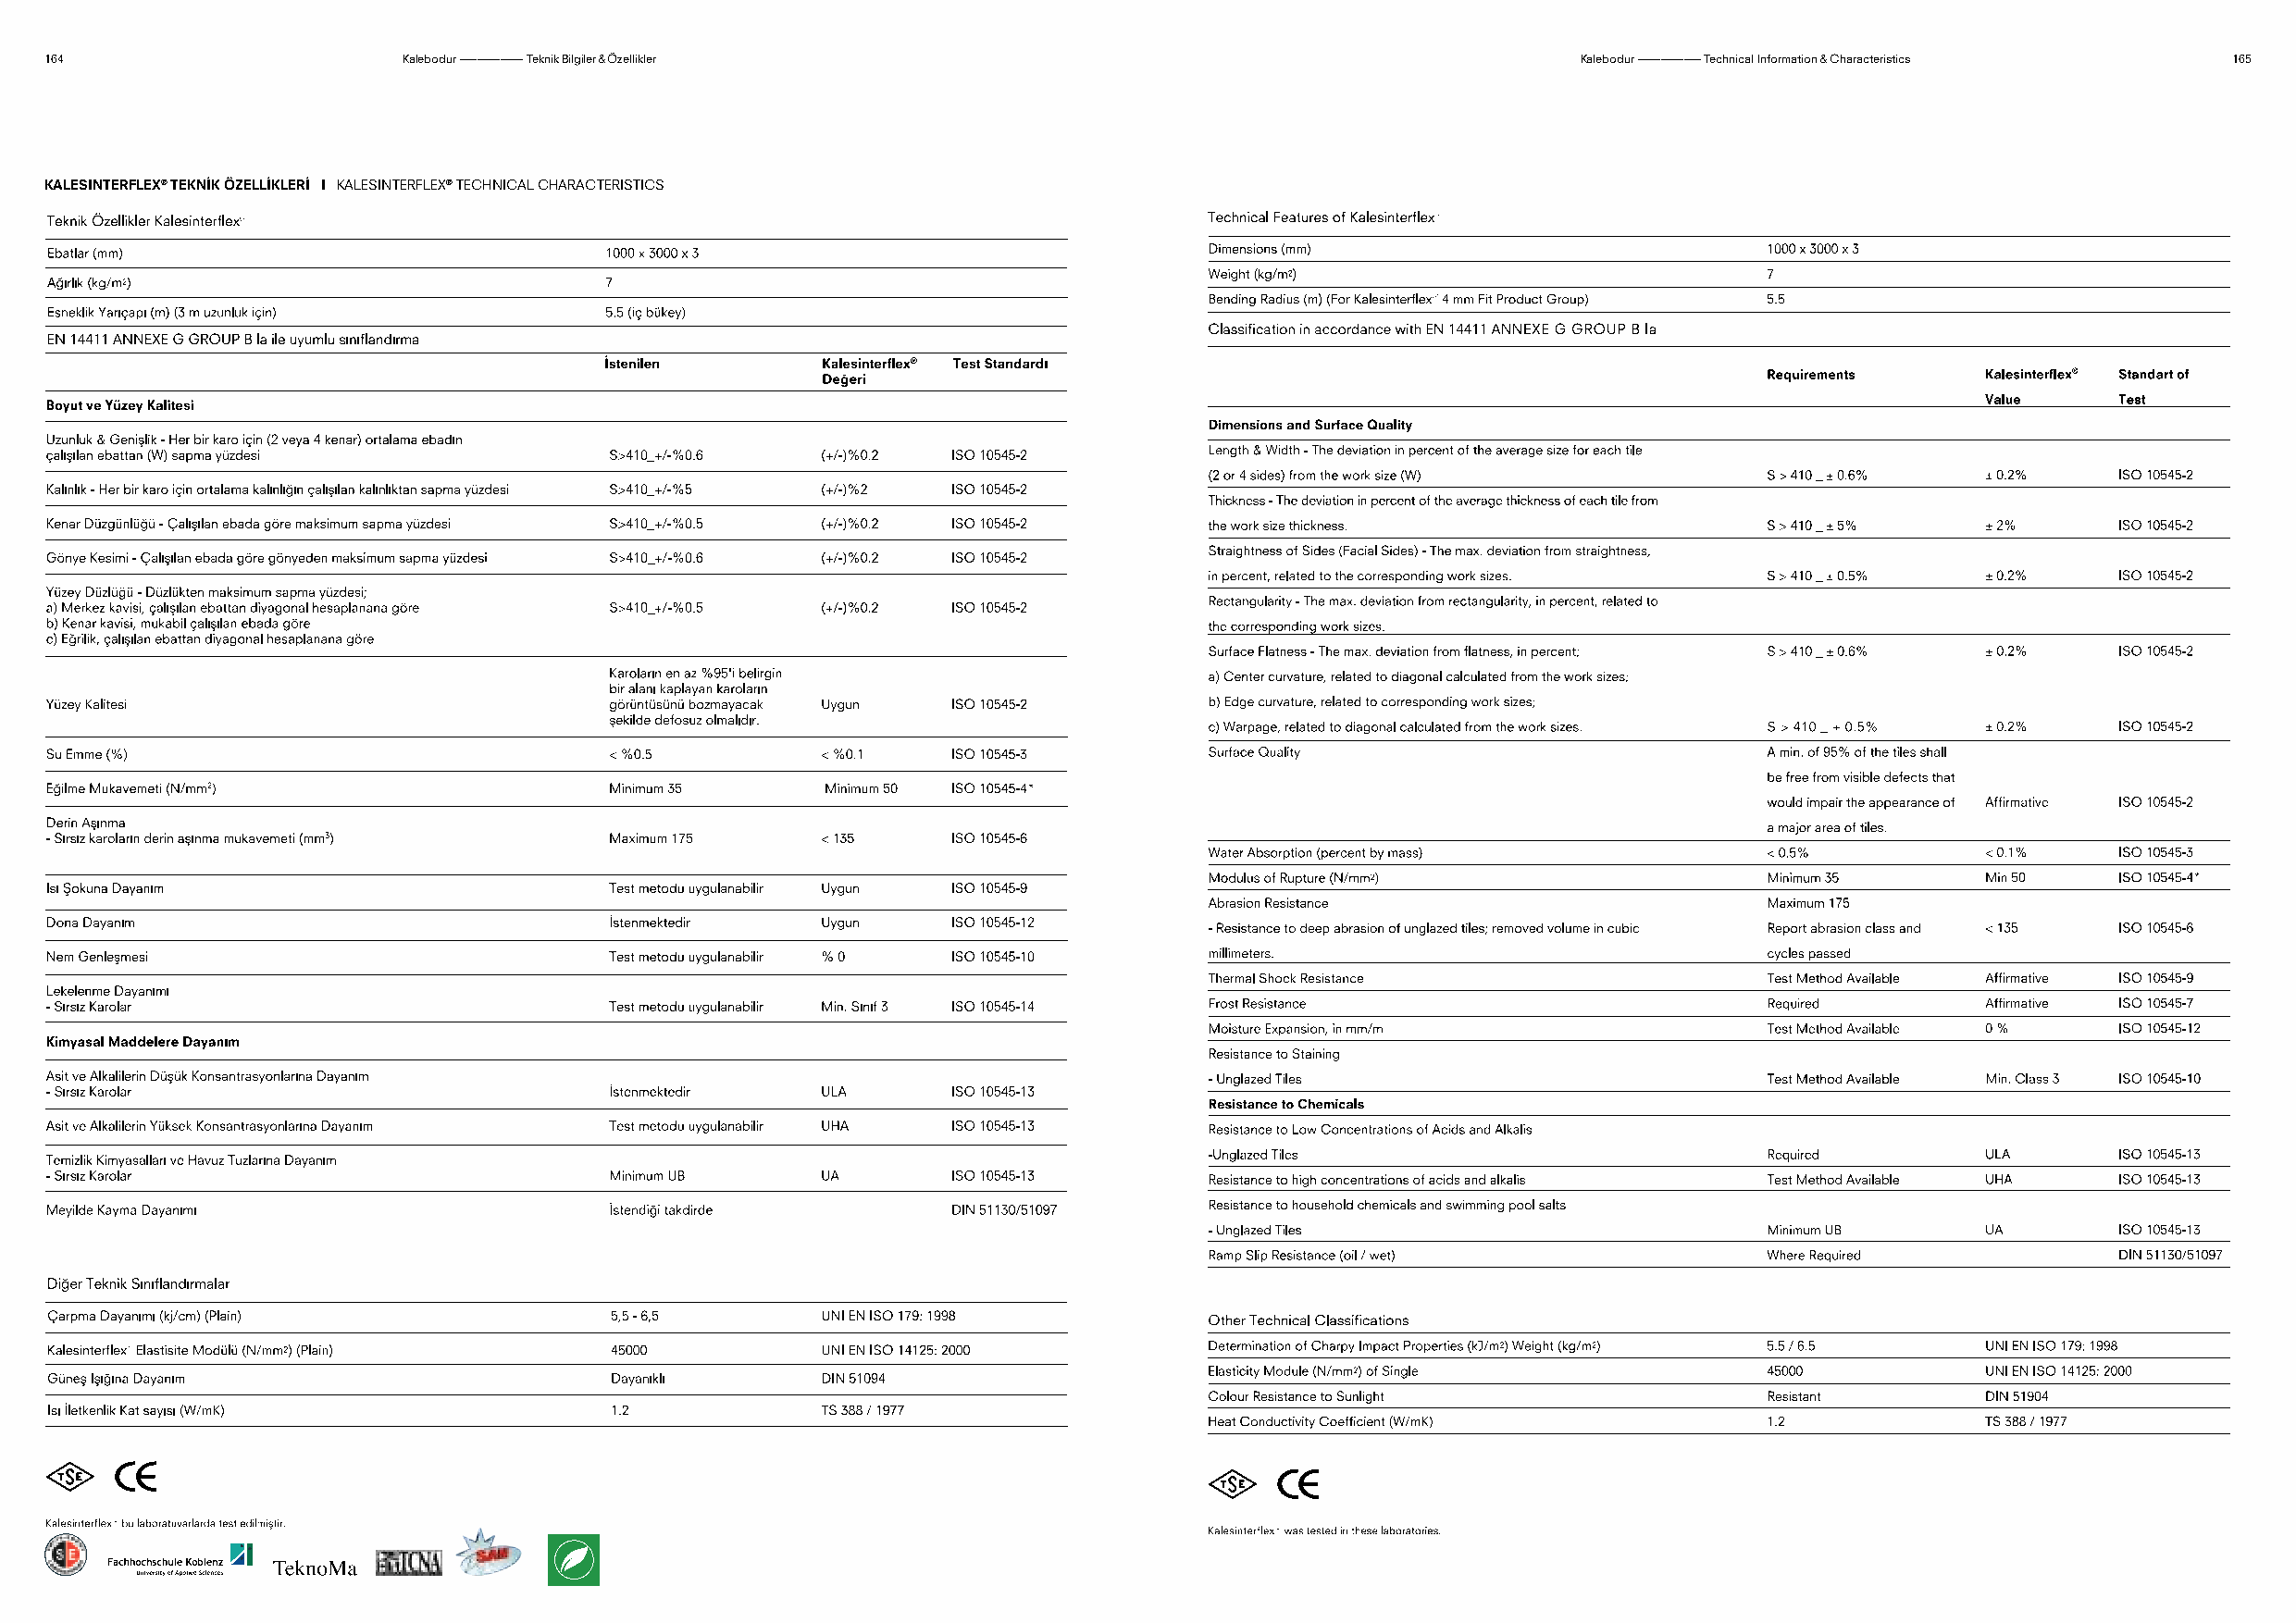
164                       Kalebodur ––––––––––– Teknik Bilgiler&Özellikler                                    Kalebodur ––––––––––– Technical Information& Characteristics 165
 KALESINTERFLEX® TEKNİK ÖZELLİKLERİ I KALESINTERFLEX® TECHNICAL CHARACTERISTICS